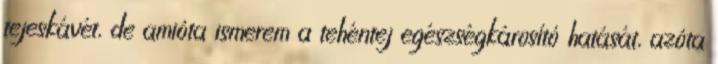
tejeskávét, de amióta ismerem a tehéntej egészségkárosító hatását, azóta